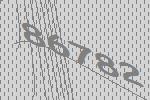
86782